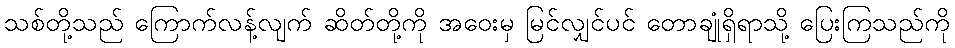
သစ်တို့သည် ကြောက်လန့်လျက် ဆိတ်တို့ကို အဝေးမှ မြင်လျှင်ပင် တောချုံရှိရာသို့ ပြေးကြသည်ကို